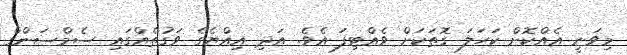
މިވަނީ އެއްކޮށް ކަހަލަ ގޮަތަކަށް ވެއްޓިފަ އެވެ. އަދި އިއްޔެގެ ވަގުތެއްގައި ސެމްސަންގް